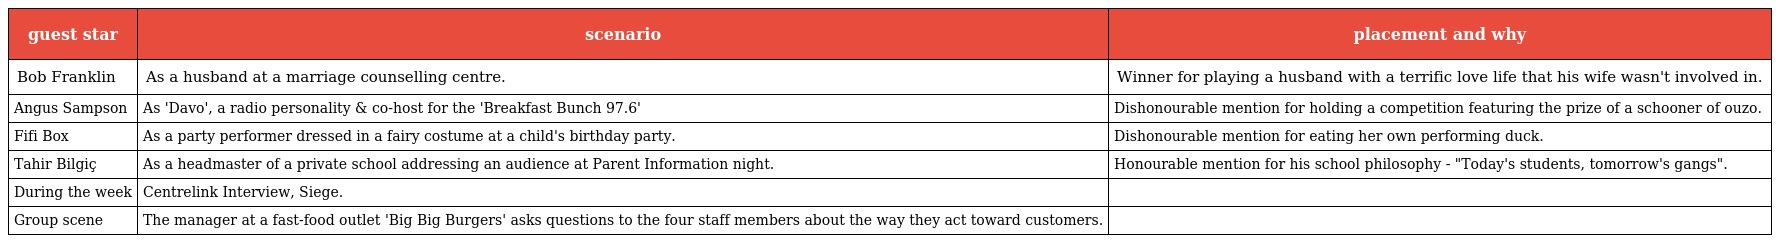
| guest star | scenario | placement and why |
 | --- | --- | --- |
 | Bob Franklin | As a husband at a marriage counselling centre. | Winner for playing a husband with a terrific love life that his wife wasn't involved in. |
 | Angus Sampson | As 'Davo', a radio personality & co-host for the 'Breakfast Bunch 97.6' | Dishonourable mention for holding a competition featuring the prize of a schooner of ouzo. |
 | Fifi Box | As a party performer dressed in a fairy costume at a child's birthday party. | Dishonourable mention for eating her own performing duck. |
 | Tahir Bilgiç | As a headmaster of a private school addressing an audience at Parent Information night. | Honourable mention for his school philosophy - "Today's students, tomorrow's gangs". |
 | During the week | Centrelink Interview, Siege. |  |
 | Group scene | The manager at a fast-food outlet 'Big Big Burgers' asks questions to the four staff members about the way they act toward customers. |  |